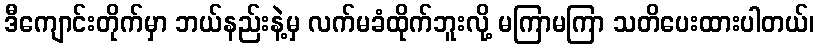
ဒီကျောင်းတိုက်မှာ ဘယ်နည်းနဲ့မှ လက်မခံထိုက်ဘူးလို့ မကြာမကြာ သတိပေးထားပါတယ်၊